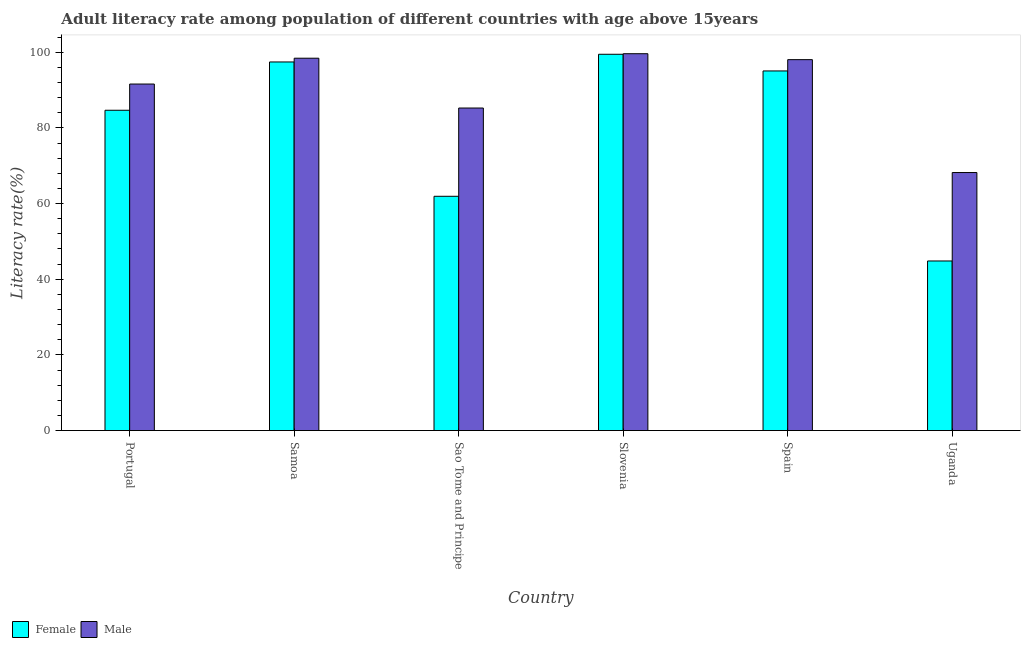
| Country | Female | Male |
 | --- | --- | --- |
 | Portugal | 84.7 | 91.6 |
 | Samoa | 97.4 | 98.4 |
 | Sao Tome and Principe | 61.9 | 85.2 |
 | Slovenia | 99.5 | 99.6 |
 | Spain | 95.1 | 98 |
 | Uganda | 44.8 | 68.2 |